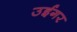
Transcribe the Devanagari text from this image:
उईगर